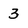
Character: 3